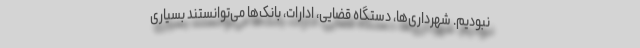
نبودیم. شهرداری‌ها، دستگاه قضایی، ادارات، بانک‌ها می‌توانستند بسیاری